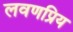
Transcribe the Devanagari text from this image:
लवणप्रिय